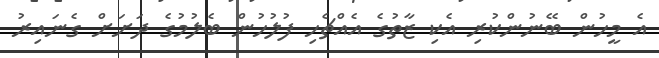
އެ މީހުން ބޭނުންކުރި އެކި ޒާތުގެ އެއްޗެހި ފުލުހުން ބެލުމުގެ ދަށަށް ގެނައިރު